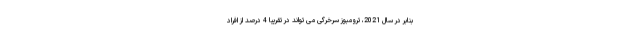
بنابر در سال 2021، ترومبوز سرخرگی می تواند در تقریبا 4 درصد از افراد